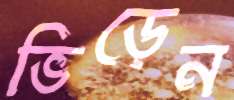
ভিড়েন